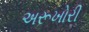
અરૂખોરી